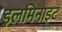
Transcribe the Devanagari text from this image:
इलमिनाइट